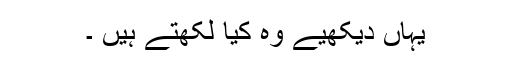
یہاں دیکھیے وہ کیا لکھتے ہیں ۔